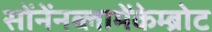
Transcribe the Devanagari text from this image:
सोंनेंनब्लामेंकेम्ब्रोट